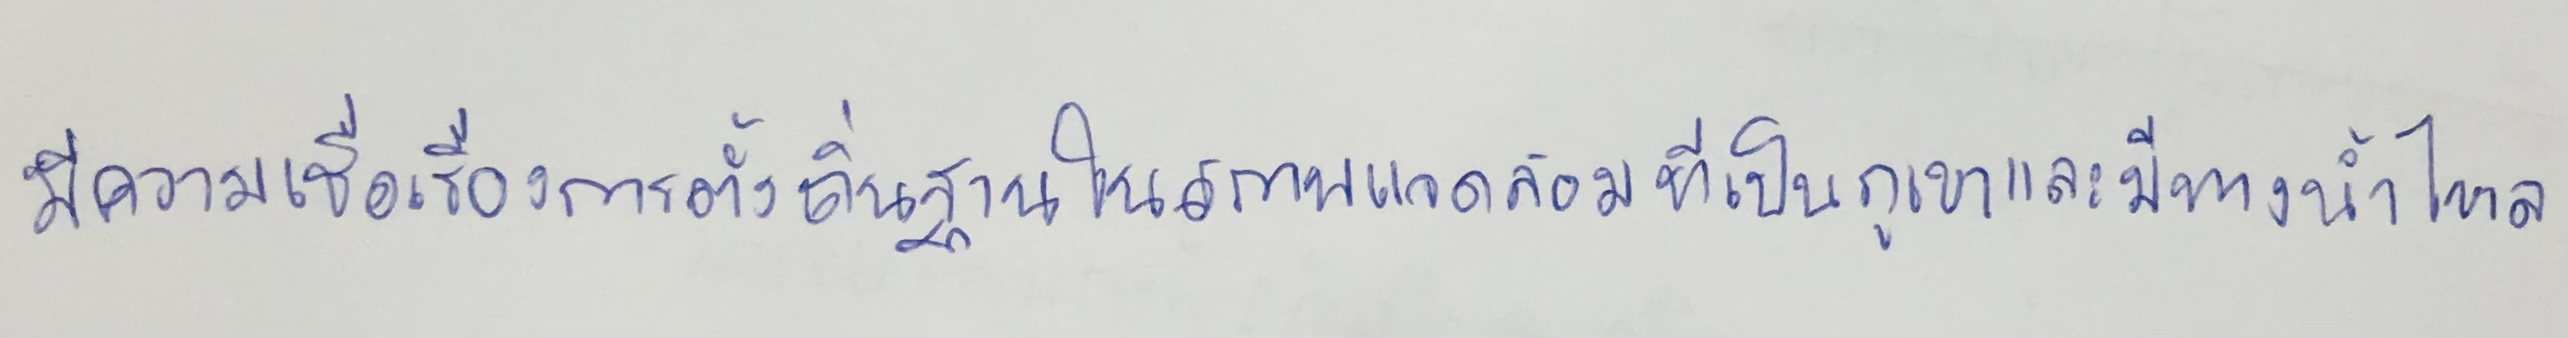
มีความเชื่อเรื่องการตั้งถิ่นฐานในสภาพแวดล้อมที่เป็นภูเขาและมีทางน้ำไหล